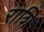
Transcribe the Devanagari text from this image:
राशि